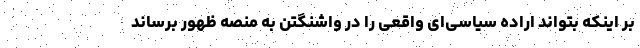
بر اینکه بتواند اراده سیاسی‌ای واقعی را در واشنگتن به منصه ظهور برساند